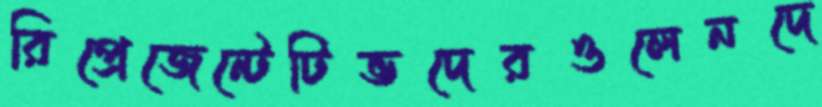
রিপ্রেজেন্টেটিভদেরওলেনদে